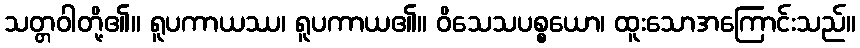
သတ္တဝါတို့၏။ ရူပကာယဿ၊ ရူပကာယ၏။ ဝိသေသပစ္စယော၊ ထူးသောအကြောင်းသည်။